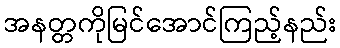
အနတ္တကိုမြင်အောင်ကြည့်နည်း